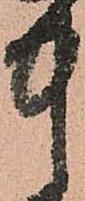
中